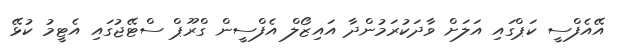
އޭއެފްސީ ކަޕްގައި އަލަށް ވާދަކުރަމުންދާ އައިޒޯލް އެފްސީން ގްރޫޕް ސްޓޭޖުގައި އެޓީމު ކުޅޭ